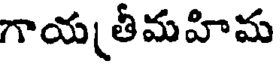
గాయ తీమహిమ